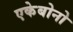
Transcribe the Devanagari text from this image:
एकेबोनो